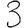
Digit: 3